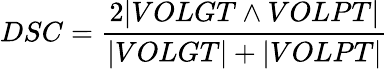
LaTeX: DSC=\frac{2|VOLGT\land VOLPT|}{|VOLGT|+|VOLPT|}